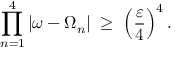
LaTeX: \prod _ { n = 1 } ^ { 4 } | \omega - \Omega _ { n } | \; \geq \; \left( \frac { \varepsilon } { 4 } \right) ^ { 4 } .